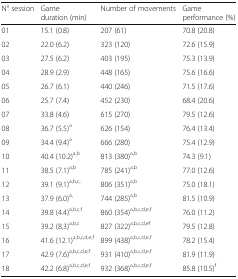
<table><thead><tr><td><b>N° session</b></td><td><b>Game duration (min)</b></td><td><b>Number of movements</b></td><td><b>Game performance (%)</b></td></tr></thead><tbody><tr><td>01</td><td>15.1 (0.8)</td><td>207 (61)</td><td>70.8 (20.8)</td></tr><tr><td>02</td><td>22.0 (6.2)</td><td>323 (120)</td><td>72.6 (15.9)</td></tr><tr><td>03</td><td>27.5 (6.2)</td><td>403 (195)</td><td>75.3 (13.9)</td></tr><tr><td>04</td><td>28.9 (2.9)</td><td>448 (165)</td><td>75.6 (16.6)</td></tr><tr><td>05</td><td>26.7 (6.1)</td><td>440 (246)</td><td>71.5 (17.6)</td></tr><tr><td>06</td><td>25.7 (7.4)</td><td>452 (230)</td><td>68.4 (20.6)</td></tr><tr><td>07</td><td>33.8 (4.6)</td><td>615 (270)</td><td>79.5 (12.6)</td></tr><tr><td>08</td><td>36.7 (5.5)<sup>a</sup></td><td>626 (154)</td><td>76.4 (13.4)</td></tr><tr><td>09</td><td>34.4 (9.4)<sup>a</sup></td><td>666 (280)</td><td>75.4 (12.9)</td></tr><tr><td>10</td><td>40.4 (10.2)<sup>a,b</sup></td><td>813 (380)<sup>a,b</sup></td><td>74.3 (9.1)</td></tr><tr><td>11</td><td>38.5 (7.1)<sup>a,b</sup></td><td>785 (241)<sup>a,b</sup></td><td>77.0 (12.6)</td></tr><tr><td>12</td><td>39.1 (9.1)<sup>a,b,c,</sup></td><td>806 (351)<sup>a,b</sup></td><td>75.0 (18.1)</td></tr><tr><td>13</td><td>37.9 (6.0)<sup>a,</sup></td><td>744 (285)<sup>a,b</sup></td><td>81.5 (10.9)</td></tr><tr><td>14</td><td>39.8 (4.4)<sup>a,b,c,f</sup></td><td>860 (354)<sup>a,b,c,d,e,f</sup></td><td>76.0 (11.2)</td></tr><tr><td>15</td><td>39.2 (8.3)<sup>a,b,c</sup></td><td>827 (322)<sup>a,b,c,d,ef</sup></td><td>79.5 (12.8)</td></tr><tr><td>16</td><td>41.6 (12.1)<sup>a,b,c,d,e,f</sup></td><td>899 (438)<sup>a,b,c,d,e,f</sup></td><td>78.2 (15.4)</td></tr><tr><td>17</td><td>42.9 (7.6)<sup>a,b,c,d,e,f</sup></td><td>931 (410)<sup>a,b,c,d,e,f</sup></td><td>81.9 (11.9)</td></tr><tr><td>18</td><td>42.2 (6.8)<sup>a,b,c,d,e,f</sup></td><td>932 (368)<sup>a,b,c,d,e,f</sup></td><td>85.8 (10.5)<sup>f</sup></td></tr></tbody></table>